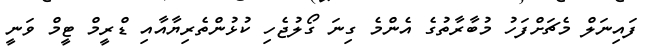
ފައިނަލް މެޗަށްފަހު މުބާރާތުގެ އެންމެ ގިނަ ގޯލުޖެހި ކުޅުންތެރިޔާއާއި ޑްރީމް ޓީމް ވަނީ